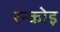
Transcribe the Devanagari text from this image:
रन्कोइ